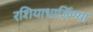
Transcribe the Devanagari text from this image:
रशियाधार्जिण्या